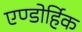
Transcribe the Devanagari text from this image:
एण्डोर्हिक